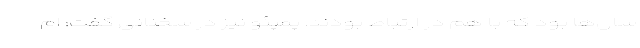
سال‌ها بود که با هم در ارتباط بودند. پمپئو نیز در سخنانی گفت:‌ ام